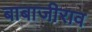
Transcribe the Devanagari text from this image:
बाबाजीराव